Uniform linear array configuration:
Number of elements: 16
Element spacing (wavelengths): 0.5
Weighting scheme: binomial
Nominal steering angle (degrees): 60
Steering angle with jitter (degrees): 59.023
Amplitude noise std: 0.05
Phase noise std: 0.05

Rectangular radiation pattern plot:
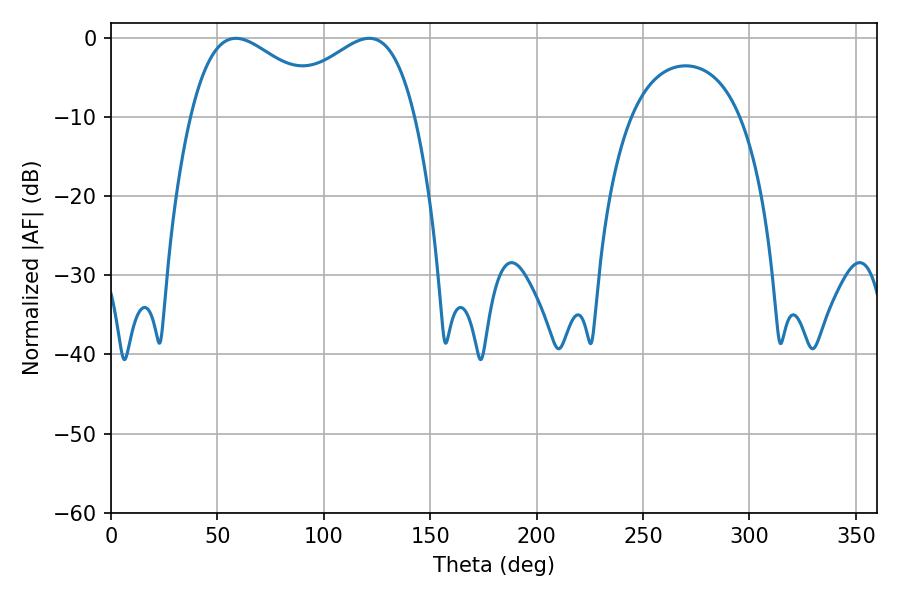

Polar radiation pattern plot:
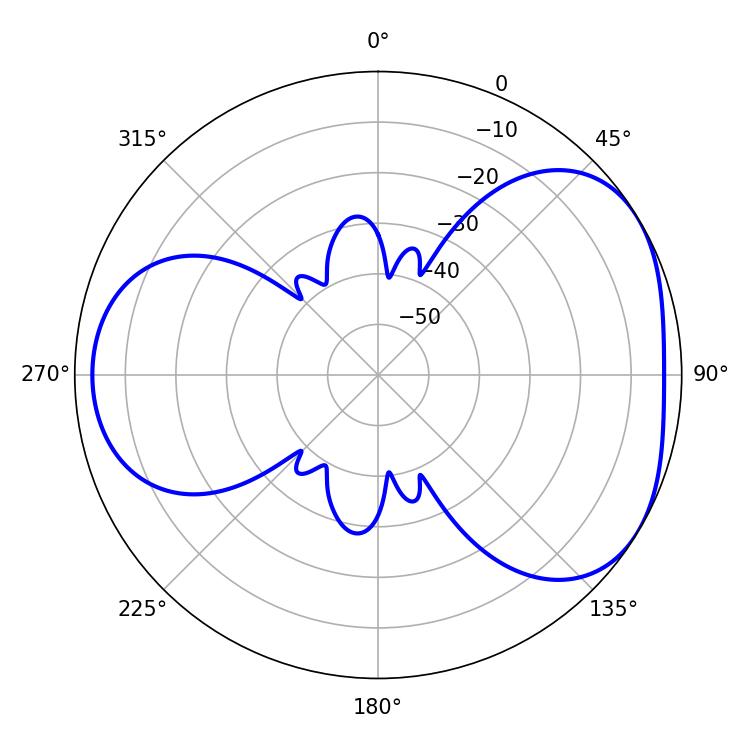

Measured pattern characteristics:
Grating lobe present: FALSE
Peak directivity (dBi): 4.151
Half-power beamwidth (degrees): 35.82
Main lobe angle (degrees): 58.68